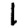
Digit: 1